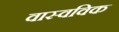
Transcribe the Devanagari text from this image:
वास्वविक